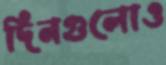
দিনগুলোও